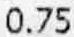
0.75